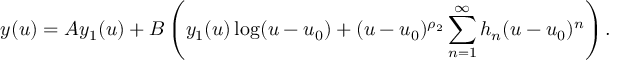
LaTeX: y ( u ) = A y _ { 1 } ( u ) + B \left( y _ { 1 } ( u ) \log ( u - u _ { 0 } ) + ( u - u _ { 0 } ) ^ { \rho _ { 2 } } \sum _ { n = 1 } ^ { \infty } h _ { n } ( u - u _ { 0 } ) ^ { n } \right) .